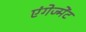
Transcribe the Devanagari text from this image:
एंगेज्मेंट